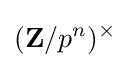
(\mathbf {Z} /p^{n})^{\times }